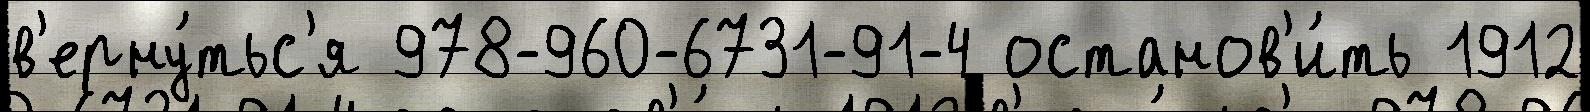
в'ерну́тьс'я 978-960-6731-91-4 останов'и́ть 1912